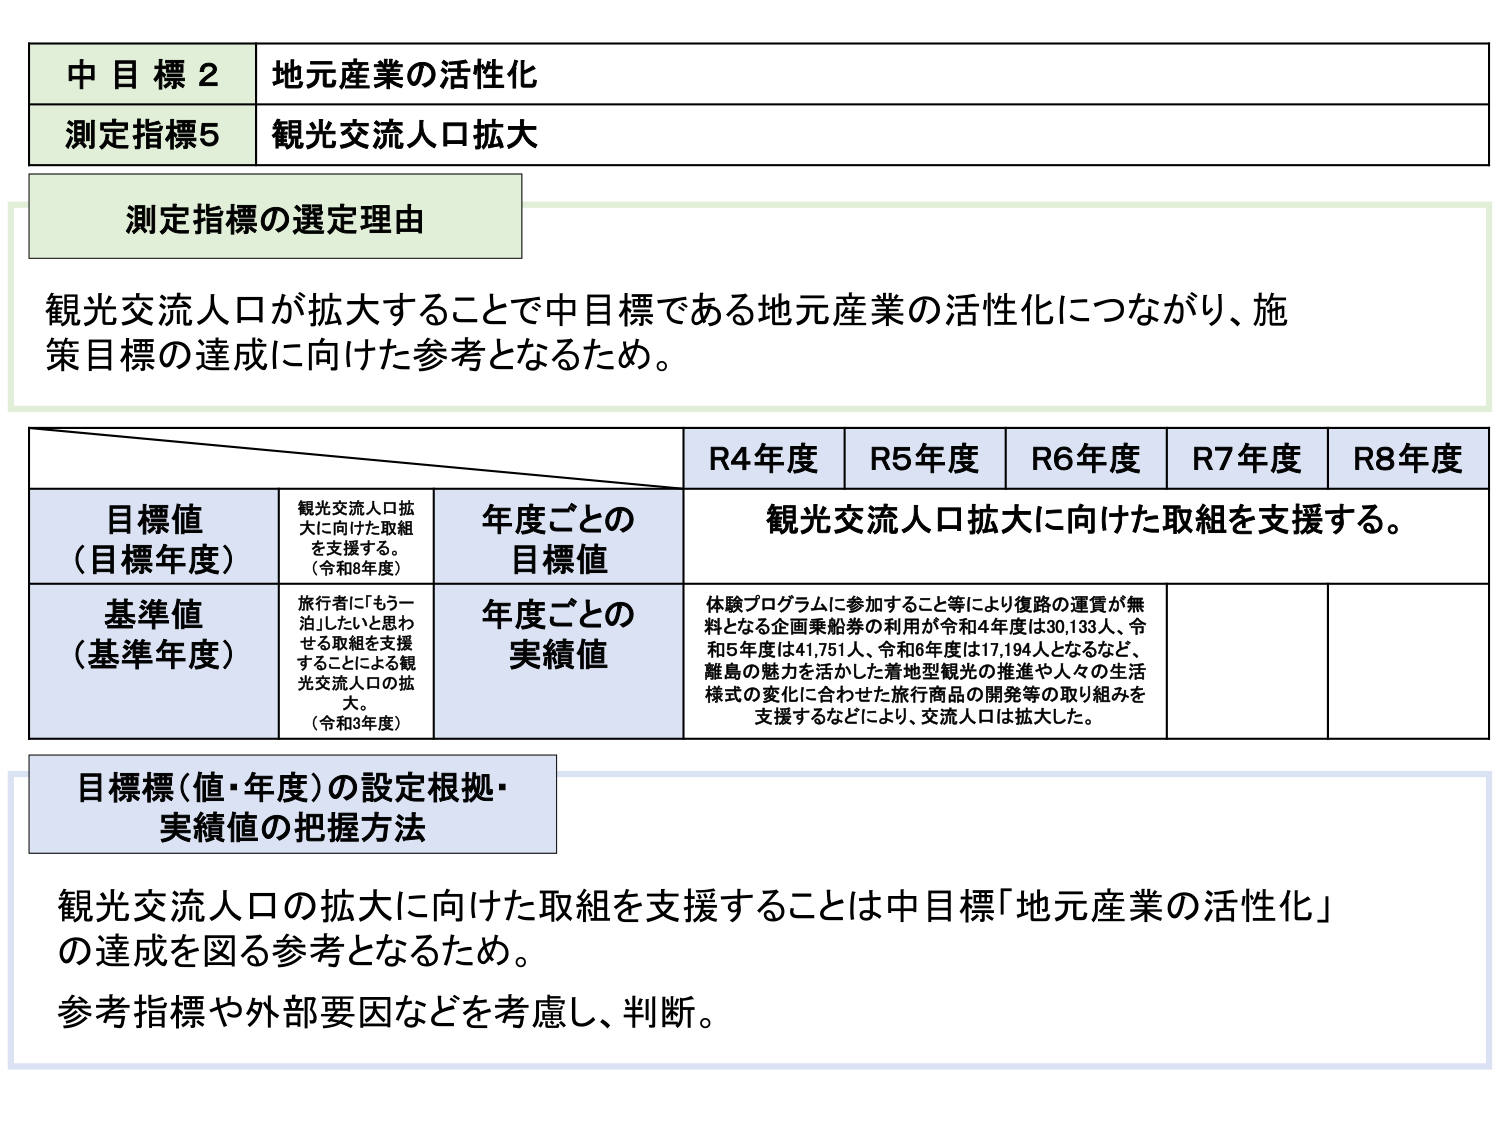
中目標2 地元産業の活性化
測定指標5 観光交流人口拡大

測定指標の選定理由
観光交流人口が拡大することで中目標である地元産業の活性化につながり、施策目標の達成に向けた参考となるため。

R4年度 R5年度 R6年度 R7年度 R8年度
目標値（目標年度） 観光交流人口拡大に向けた取組を支援する。（令和8年度） 年度ごとの目標値 観光交流人口拡大に向けた取組を支援する。
基準値（基準年度） 旅行者に「もう一泊」したいと思わせる取組を支援することによる観光交流人口の拡大。（令和3年度） 年度ごとの実績値 体験プログラムに参加すること等により復路の運賃が無料となる企画乗船券の利用が令和4年度は30,133人、令和5年度は41,751人、令和6年度は17,194人となるなど、離島の魅力を活かした着地型観光の推進や人々の生活様式の変化に合わせた旅行商品の開発等の取り組みを支援するなどにより、交流人口は拡大した。

目標値（値・年度）の設定根拠・実績値の把握方法
観光交流人口の拡大に向けた取組を支援することは中目標「地元産業の活性化」の達成を図る参考となるため。
参考指標や外部要因などを考慮し、判断。